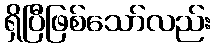
ရှိပြီဖြစ်သော်လည်း